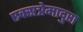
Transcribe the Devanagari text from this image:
एक्सत्रेमादुरा